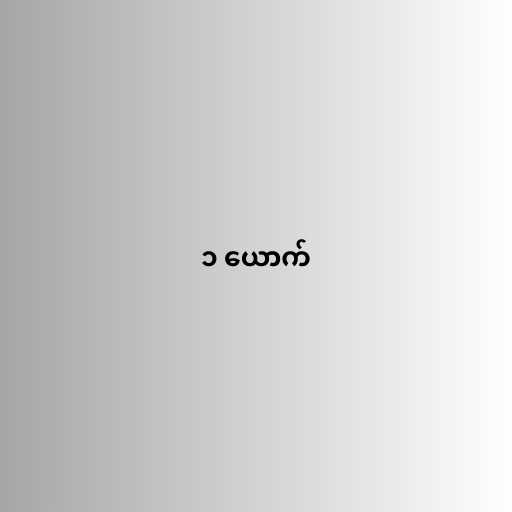
၁ ယောက်